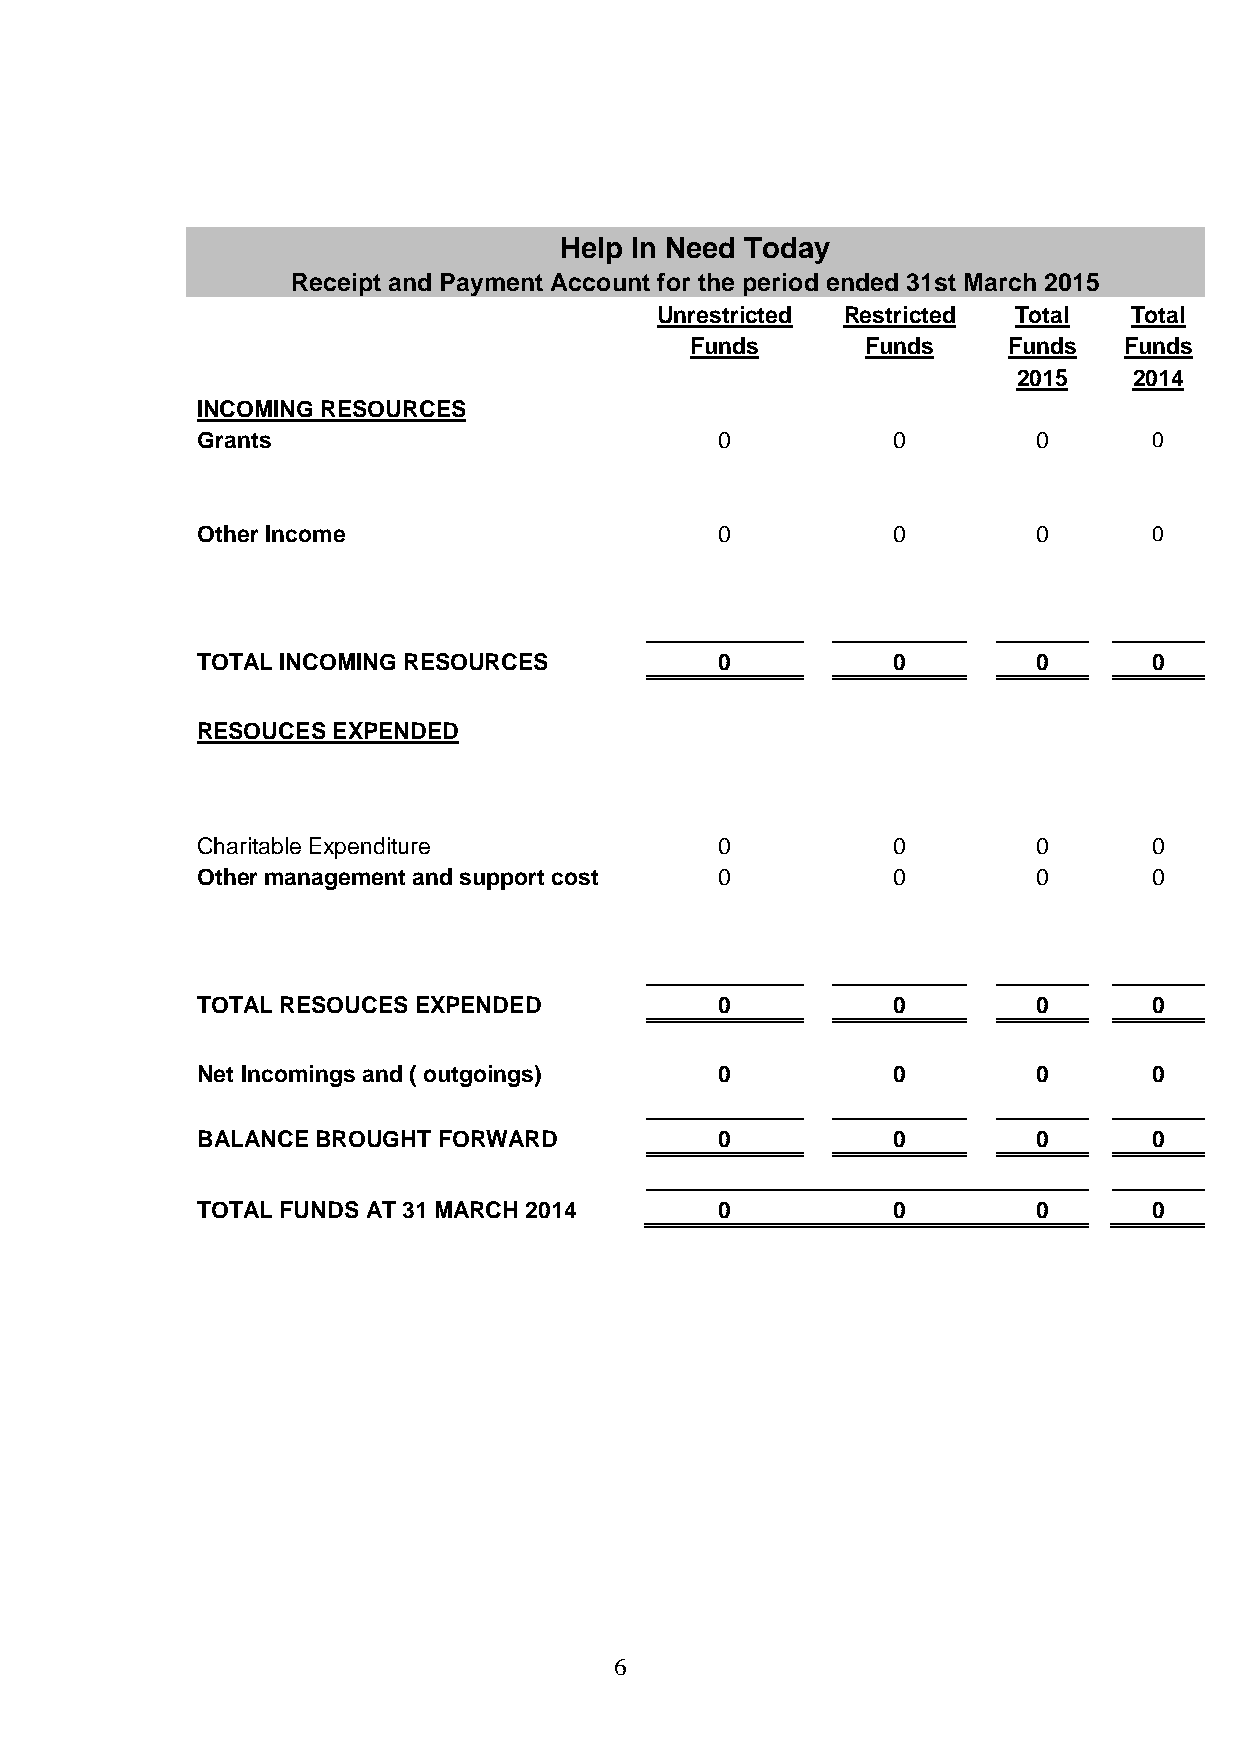
Help In Need Today
 Receipt and Payment Account for the period ended 31st March 2015
 Unrestricted Restricted Total   Total
 Funds      Funds     Funds  Funds
 2015    2014
 INCOMING RESOURCES
 Grants                             0          0         0      0
 Other Income                       0          0         0      0
 TOTAL INCOMING RESOURCES           0          0         0      0
 RESOUCES EXPENDED
 Charitable Expenditure             0          0         0      0
 Other management and support cost  0          0         0      0
 TOTAL RESOUCES EXPENDED            0          0         0      0
 Net Incomings and ( outgoings)     0          0         0      0
 BALANCE BROUGHT FORWARD            0          0         0      0
 TOTAL FUNDS AT 31 MARCH 2014       0          0         0      0
 6